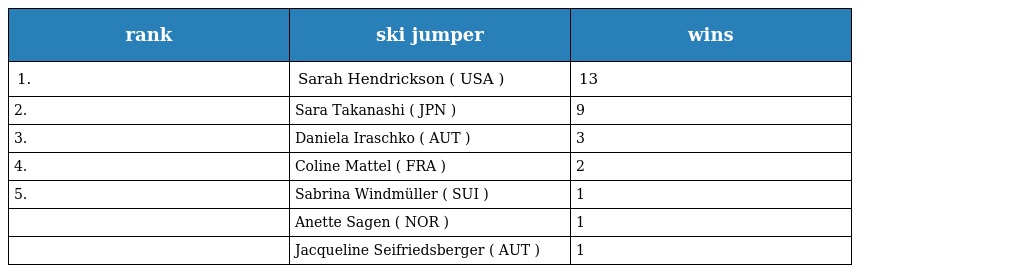
| rank | ski jumper | wins |
 | --- | --- | --- |
 | 1. | Sarah Hendrickson ( USA ) | 13 |
 | 2. | Sara Takanashi ( JPN ) | 9 |
 | 3. | Daniela Iraschko ( AUT ) | 3 |
 | 4. | Coline Mattel ( FRA ) | 2 |
 | 5. | Sabrina Windmüller ( SUI ) | 1 |
 |  | Anette Sagen ( NOR ) | 1 |
 |  | Jacqueline Seifriedsberger ( AUT ) | 1 |